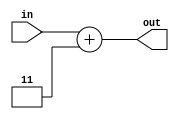
// Jason Hatfield #29163434
// HW7 figure 4.4 behavioral model BCD to excess 3 converter

module fig4_42_beh(out, in);

   output [3:0]out; 
   input [3:0]in;
   reg [3:0]out;

   always @(in)

      out = in + 3; 
	  
endmodule